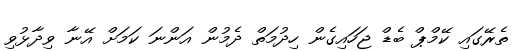
ތެރޭގައި ކޭމްޕް ބެޑް ޖަހައިގެން ހިދުމަތް ދެމުން އަންނަ ކަމަށް އޭނާ ވިދާޅުވި